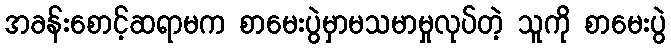
အခန်းစောင့်ဆရာမက စာမေးပွဲမှာမသမာမှုလုပ်တဲ့ သူကို စာမေးပွဲ